system: You are a helpful assistant.
user:
Analyze the provided spectrum to determine if it is a **M-type Giant (gM)**.

A M-type Giant spectrum is defined by its **strong molecular absorption** features, particularly from **Titanium Oxide (TiO)**. You must check for one of the following mutually exclusive signatures:

- **Key Visual Indicators (Absorption-Dominated Spectrum):**

    - **(Primary):** The spectrum is dominated by strong molecular absorption from **Titanium Oxide (TiO)**. This is the **defining feature** of its M-type temperature class.
        - **(Key Bandheads):** Look for sharp, "saw-tooth" absorption valleys. The strongest are located near **~7050 Å**, **~6160 Å**, and **~5170 Å**.
        - **(Line Profile):** The "saw-tooth" morphology is critical: a **sharp, steep drop on the BLUE (short-wavelength) side** of the bandhead, followed by a gradual recovery (rising flux) towards the RED (long-wavelength) side.

    - **(Key Confirmation - Giant vs. Dwarf):** **ABSENCE** of strong **Calcium Hydride (CaH)** molecular bands. This is the primary diagnostic for *excluding* M-dwarfs.
        - **(Key Region):** The spectrum should lack the strong, broad absorption band seen in dwarfs between **~6800 Å and ~7000 Å**.

    - **(Secondary Confirmation - Giant):** A very strong and broad **Neutral Calcium (Ca I)** atomic absorption line.
        - **(Key Line):** Located at **~4226 Å**. In a giant (gM), this line is significantly deeper and broader than the same line in an M-dwarf (dM) due to low surface gravity.

    - **(Overall Spectrum):**
        - The continuum is **extremely red-sloping** (i.e., flux is very low in the blue and rises dramatically towards the red).
        - The entire spectrum appears "chopped up" by the deep TiO bands.

Think first, call **spectral_visualization_tool** if needed to examine features in detail, then provide your final answer. Your response must adhere to the following strict rules:
1.  **Overall Structure:** Your response must follow the format `<think>...</think> <tool_call>...</tool_call> (if a tool is used) <answer>...</answer>`.
2.  **Tool Usage Constraint:** You may only make **one** tool call per turn.
3.  **Final Answer Format:** In the `<answer>` tag, your conclusion must be inside a `\boxed{}` command (e.g., `\boxed{YES}` or `\boxed{NO}`), followed by your justification.

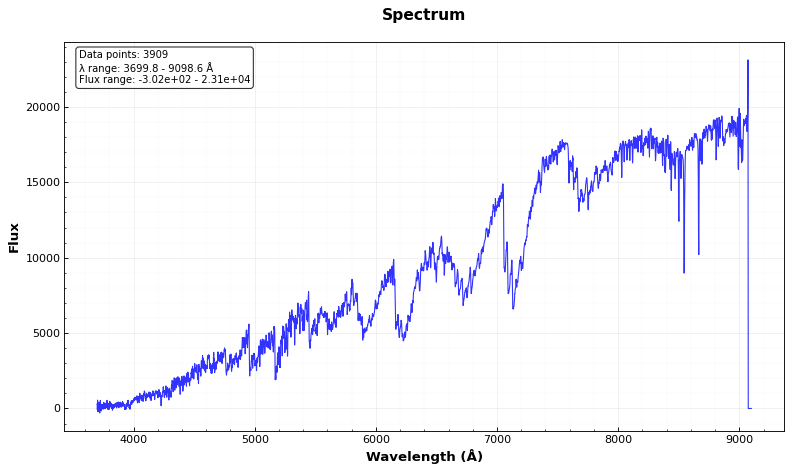
Answer: YES